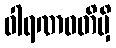
ဝါရဏဝတိမှိ